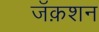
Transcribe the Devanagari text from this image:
जॅक़शन